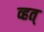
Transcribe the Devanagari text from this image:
व्हत्